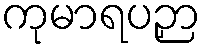
ကုမာရပဉှာ